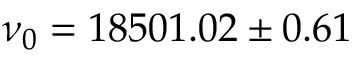
\nu _ { 0 } = 1 8 5 0 1 . 0 2 \pm 0 . 6 1